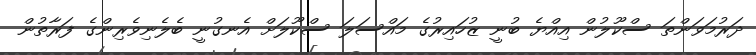
ދަރުމަވަންތަ ސްކޫލުން އިއްޔެ ބުނީ ޒުހައިރުގެ މައްސަލަ ސްކޫލަށް އެނގުނީ ބެލެނިވެރިންގެ ފަރާތުން